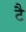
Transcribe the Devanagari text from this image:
टै